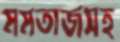
মমতাজসহ